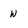
Character: w